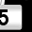
Digit: 5